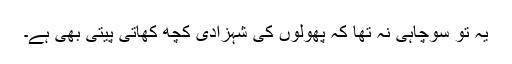
یہ تو سوچاہی نہ تھا کہ پھولوں کی شہزادی کچھ کھاتی پیتی بھی ہے۔